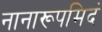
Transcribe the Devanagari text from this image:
नानारूपमिदं